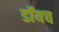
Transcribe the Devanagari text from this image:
डॉयच